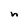
Character: n